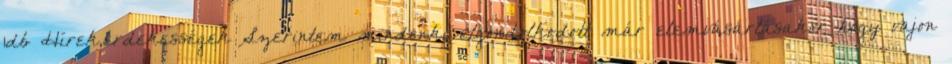
1db Hírek,érdekességek Szerintem mindenki elgondolkodott már elemvásárlásakor hogy vajon